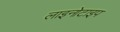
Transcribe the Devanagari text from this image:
लाइनोटाइप